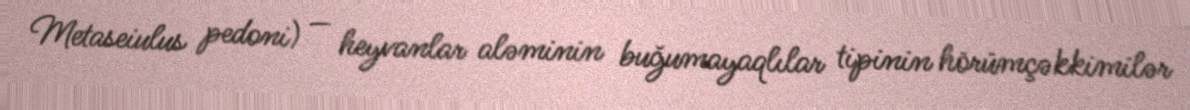
Metaseiulus pedoni) — heyvanlar aləminin buğumayaqlılar tipinin hörümçəkkimilər